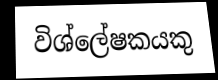
විශ්ලේෂකයකු